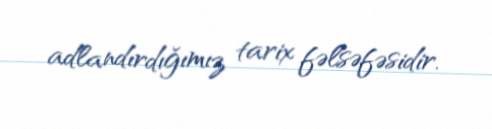
adlandırdığımız tarix fəlsəfəsidir.